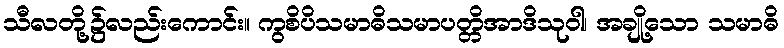
သီလတို့၌လည်းကောင်း။ ကွစိပိသမာဓိသမာပတ္တိအာဒိသုဝါ၊ အချို့သော သမာဓိ